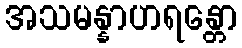
အသမန္နာဟရန္တော